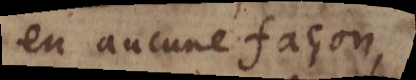
en aucune façon,